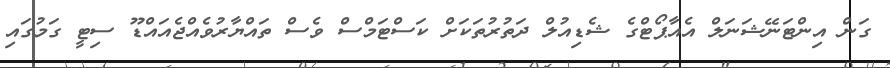
ގަން އިންޓަނޭޝަނަލް އެއާޕޯޓްގެ ޝެޑިއުލް ދަތުރުތަކަށް ކަސްޓަމްސް ވެސް ތައްޔާރުވެއްޖެއައްޑޫ ސިޓީ ގަމުގައި